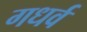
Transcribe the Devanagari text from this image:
गधर्व